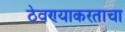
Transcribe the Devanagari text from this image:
ठेवण्याकरताचा